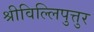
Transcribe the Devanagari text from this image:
श्रीविल्लिपुत्तुर